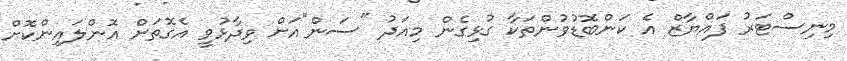
މިނިސްޓަރު ފައްޔާޒް އެ ކަންބޮޑުވުންތަކާ ގުޅިގެން މިއަދު "ސަން"އަށް ވިދާޅުވީ އެގޮތަށް އޮންލައިންކޮށް